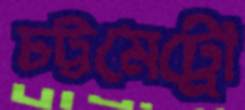
চট্টমেট্রো